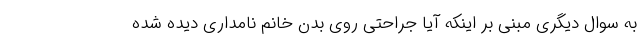
به سوال دیگری مبنی بر اینکه آیا جراحتی روی بدن خانم نامداری دیده شده